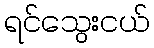
ရင်သွေးငယ်